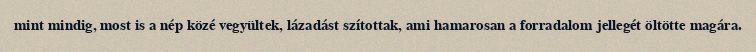
mint mindig, most is a nép közé vegyültek, lázadást szítottak, ami hamarosan a forradalom jellegét öltötte magára.